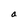
Character: a